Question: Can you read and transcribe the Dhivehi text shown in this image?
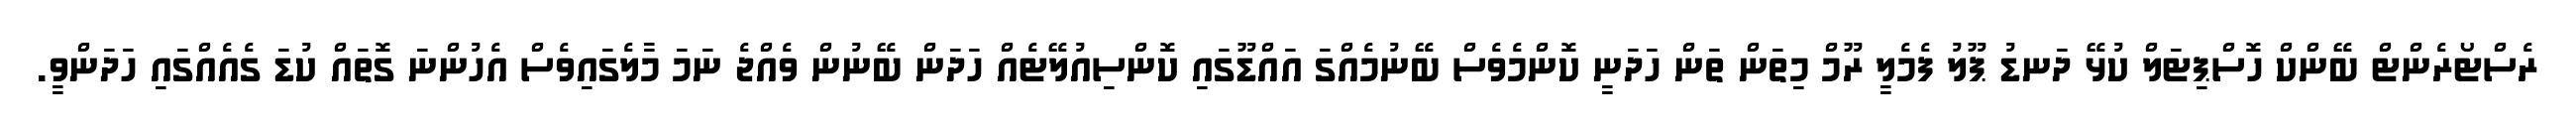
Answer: ރެސްޓޯރެންޓް ބޭންކް ހޮސްޕިޓަލް ކުޅޭ ދަނޑު ޕޫލު ފެމެލީ ރޫމް މިތަން ތަން ހަދަނީ ކޮންމެވެސް ބޭނުމެއްގަ އައްޑޫގައި ކޮންސިއުލޭޓެއް ހަދަން ބޭނުން ވެއްޖެ ނަމަ މާލެގައިވެސް އެހުންނަ ގޮތައް ކުޑަ ގެއެއްގައި ހަދަންވީ.